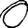
Digit: 0